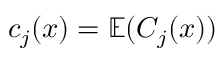
c _ { j } ( x ) = \mathbb { E } ( C _ { j } ( x ) )